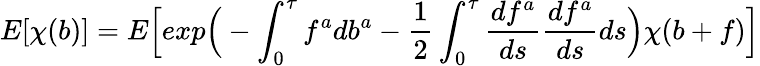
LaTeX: E[\chi(b)]=E\Big[exp\Big(-\int_{0}^{\tau}f^{a}db^{a}-\frac{1}{2}\int_{0}^{\tau}\frac{df^{a}}{ds}\frac{df^{a}}{ds}ds\Big)\chi(b+f)\Big]